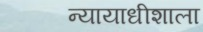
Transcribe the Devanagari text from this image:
न्यायाधीशाला